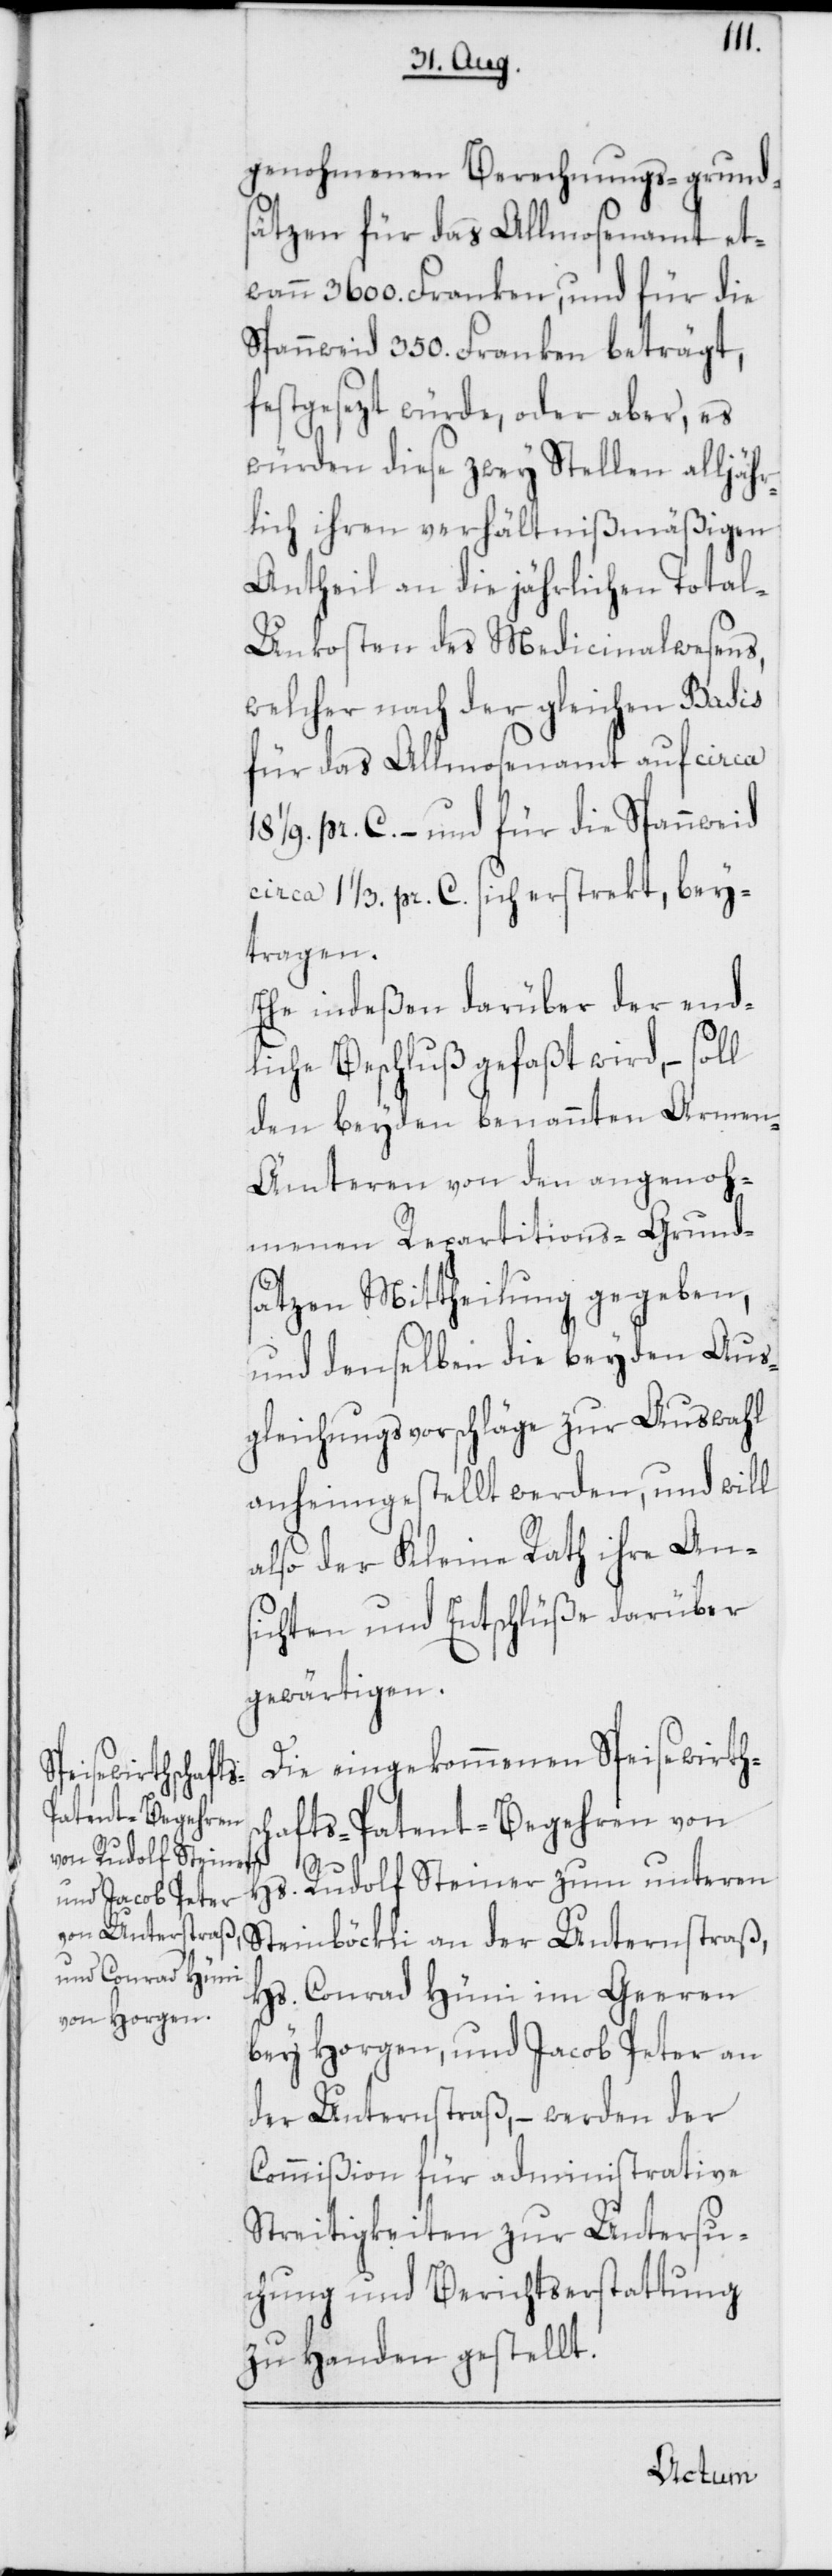
genohmenen Berechnungs-grund¬
sätzen für das Allmosenamt et¬
wann 3600. Franken, und für die
Spannweid 350. Franken beträgt,
festgesezt würde, ober aber, es
würden diese zwey Stellen alljähr¬
lich ihren verhältnißmäßigen
Antheil an die jährlichen Total-U¬
nkosten des Medicinalwesens,
welcher nach der gleichen Basis
für das Allmosenamt auf circa
1/9 pr. C. – und für die Spannweid
circa 1 1/3 pr. C. sich erstrekt, bey¬
tragen.
Ehe indeßen darüber der end¬
liche Beschluß gefaßt wird, – soll
den beyden benannten Armen-Ä¬
mteren von den angenoh¬
menen Repartitions-Grund¬
sätzen Mittheilung gegeben,
und denselben die beyden Aus¬
gleichungsvorschläge zur Auswahl
anheimgestellt werden, und will
also der Kleine Rath ihre An¬
sichten und Entschlüße darüber
gewärtigen.
Die eingekommenen Speisewirths¬
chafts-Patent-Begehren von
Hs. Rudolf Steiner zum unteren
Steinböckli an der Unterstraß,
Hs. Conrad Hüni im Geeren
bey Horgen, und Jacob Peter an
der Unterstraß, – werden der
Commißion für administrative
Streitigkeiten zur Untersu¬
chung und Berichtserstattung
zu Handen gestellt.